Annual administration report of the Civil Veterinary Department of India - 1895-1896
Year: 1895
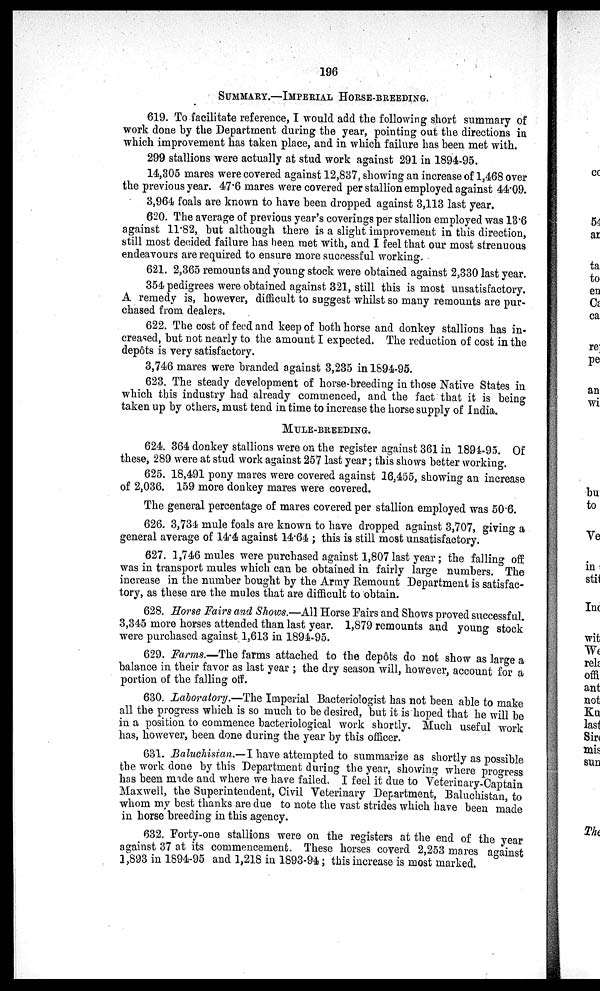
196
SUMMARY.– IMPERIAL HORSE-BREEDING.
619. To facilitate reference, I would add the following short summary of
work done by the Department during the year, pointing out the directions in
which improvement has taken place, and in which failure has been met with.
299 stallions were actually at stud work against 291 in 1894-95.
14,305 mares were covered against 12,837, showing an increase of 1,468 over
the previous year. 47.6 mares were covered per stallion employed against 44.09.
3,964 foals are known to have been dropped against 3,113 last year.
620. The average of previous year's coverings per stallion employed was 13.6
against 11.82, but although there is a slight improvement in this direction,
still most decided failure has been met with, and I feel that our most strenuous
endeavours are required to ensure more successful working.
621. 2,365 remounts and young stock were obtained against 2,330 last year.
354 pedigrees were obtained against 321, still this is most unsatisfactory.
A remedy is, however, difficult to suggest whilst so many remounts are pur-
chased from dealers.
622. The cost of feed and keep of both horse and donkey stallions has in-
creased, but not nearly to the amount I expected. The reduction of cost in the
depôts is very satisfactory.
3,746 mares were branded against 3,235 in 1894-95.
623. The steady development of horse-breeding in those Native States in
which this industry had already commenced, and the fact that it is being
taken up by others, must tend in time to increase the horse supply of India.
MULE-BREEDING.
624. 364 donkey stallions were on the register against 361 in 1894-95. Of
these, 289 were at stud work against 257 last year; this shows better working.
625. 18,491 pony mares were covered against 16,455, showing an increase
of 2,036. 159 more donkey mares were covered.
The general percentage of mares covered per stallion employed was 50.6.
626. 3,734 mule foals are known to have dropped against 3,707, giving a
general average of 14.4 against 14.64; this is still most unsatisfactory.
627. 1,746 mules were purchased against 1,807 last year; the falling off
was in transport mules which can be obtained in fairly large numbers. The
increase in the number bought by the Army Remount Department is satisfac-
tory, as these are the mules that are difficult to obtain.
628. Horse Fairs and Shows.—All Horse Fairs and Shows proved successful.
3,345 more horses attended than last year. 1,879 remounts and young stock
were purchased against 1,613 in 1894-95.
629. Farms.—The farms attached to the depôts do not show as large a
balance in their favor as last year; the dry season will, however, account for a
portion of the falling off.
630. Laboratory.—The Imperial Bacteriologist has not been able to make
all the progress which is so much to be desired, but it is hoped that he will be
in a position to commence bacteriological work shortly. Much useful work
has, however, been done during the year by this officer.
631. Baluchistan.—I have attempted to summarize as shortly as possible
the work done by this Department during the year, showing where progress
has been made and where we have failed. I feel it due to Veterinary-Captain
Maxwell, the Superintendent, Civil Veterinary Department, Baluchistan, to
whom my best thanks are due to note the vast strides which have been made
in horse breeding in this agency.
632. Forty-one stallions were on the registers at the end of the year
against 37 at its commencement. These horses coverd 2,253 mares against
1,893 in 1894-95 and 1,218 in 1893-94; this increase is most marked.